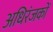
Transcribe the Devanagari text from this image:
अधिरंजकों